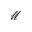
\mathcal M